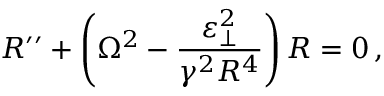
R ^ { \prime \prime } + \left( \Omega ^ { 2 } - \frac { \varepsilon _ { \perp } ^ { 2 } } { \gamma ^ { 2 } R ^ { 4 } } \right) R = 0 \, ,